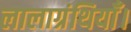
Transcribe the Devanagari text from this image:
लालाग्रंथियाँ।